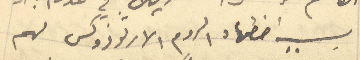
بسبب اضطهاد الروم الارثوذوكس لهم